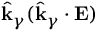
\hat { \mathbf { k } } _ { \gamma } ( \hat { \mathbf { k } } _ { \gamma } \cdot \mathbf { E } )